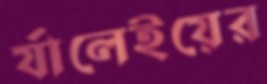
র‍্যালেইয়ের